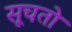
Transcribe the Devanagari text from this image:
सूचतो